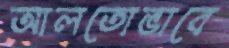
আলতোভাবে